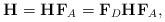
LaTeX: \begin{align*}\setlength{\abovedisplayskip}{4pt}\setlength{\belowdisplayskip}{4pt}\mathbf{H}^{} =\mathbf{H}^{}\mathbf{F}_{A}= \mathbf{F}_{D}\mathbf{H}^{}\mathbf{F}_{A},\end{align*}